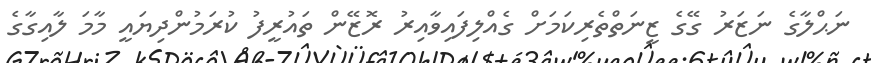
ނަޙްލާގެ ނަޒަރު ގޭގެ ޒީނަތްތެރިކަމަށް ގެއްލިފައިވާއިރު ރޮޒޭން ތައުރީފު ކުރަމުންދިޔައީ މާމަ ލާއިގާގެ